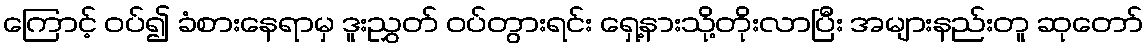
ကြောင့် ဝပ်၍ ခံစားနေရာမှ ဒူးညွှတ် ဝပ်တွားရင်း ရှေ့နားသို့တိုးလာပြီး အများနည်းတူ ဆုတော်